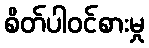
စိတ်ပါဝင်စားမှု